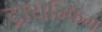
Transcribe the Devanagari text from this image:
ट्रायम्फिंग